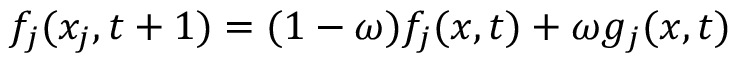
f _ { j } ( x _ { j } , t + 1 ) = ( 1 - \omega ) f _ { j } ( x , t ) + \omega g _ { j } ( x , t )